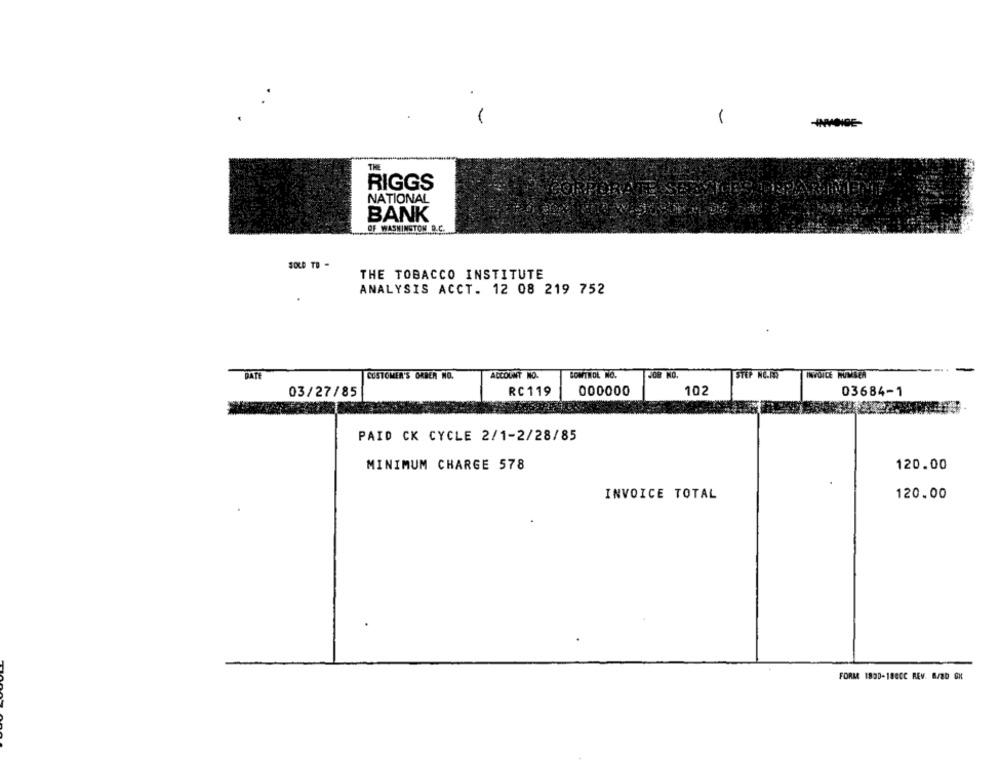
-
RIGGS
NATIONAL
BANK
OF WASHINGTON D.C.
SOLD TO -
THE TOBACCO INSTITUTE
ANALYSIS ACCT. 12 08 219 752
-
DATE
CUSTOMER'S ORDER NO.
ACCOUNT NO.
BOWTROL NO.
JOB NO.
STEP NO.FR
INVOICE NUMBER
000000
03/27/85
RC119
102
03684-1
PAID CK CYCLE 2/1-2/28/85
MINIMUM CHARGE 578
120.00
INVOICE TOTAL
120.00
FORM 1830-188CC REV. 8/20 GX